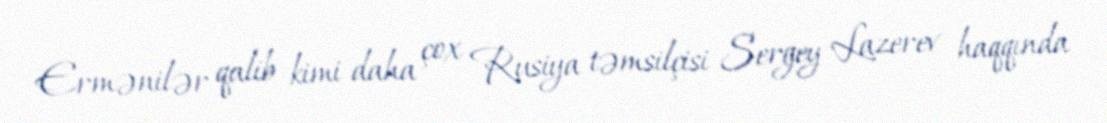
Ermənilər qalib kimi daha çox Rusiya təmsilçisi Sergey Lazerev haqqında